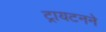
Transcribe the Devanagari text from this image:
ट्रायटनने